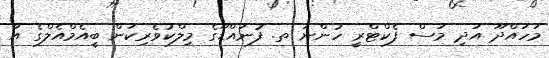
މަހައްދޫ އަދި މަސް ފެކްޓްރީ ހުންނަ ތ. ފުނައްޑޫގެ މިލްކުވެރިކަން ބީއެމްއެލްގެ އާ